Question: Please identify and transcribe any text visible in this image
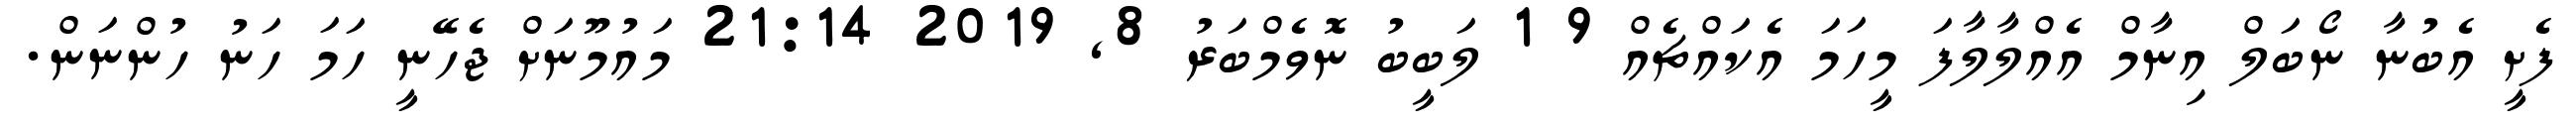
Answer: ފެށީ އެބުނާ ނޯބަލް އިނާމް އެއްލާލާފަ މީހަމަ އެކައްޗެއް 9 1 ލަބީބު ނޮވެމްބަރު 8, 2019 21:14 މައުމޫނަށް ޖެހޭނީ ހަމަ ހަނު ހުންނަން.